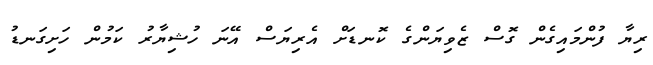
ރިޔާ ފުންމައިގެން ގޮސް ޒެވިޔަންގެ ކޮނޑަށް އެރިޔަސް އޭނަ ހުޝިޔާރު ކަމުން ހަށިގަނޑު